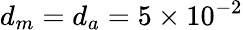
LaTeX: d_{m}=d_{a}=5\times 10^{-2}